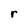
Character: r